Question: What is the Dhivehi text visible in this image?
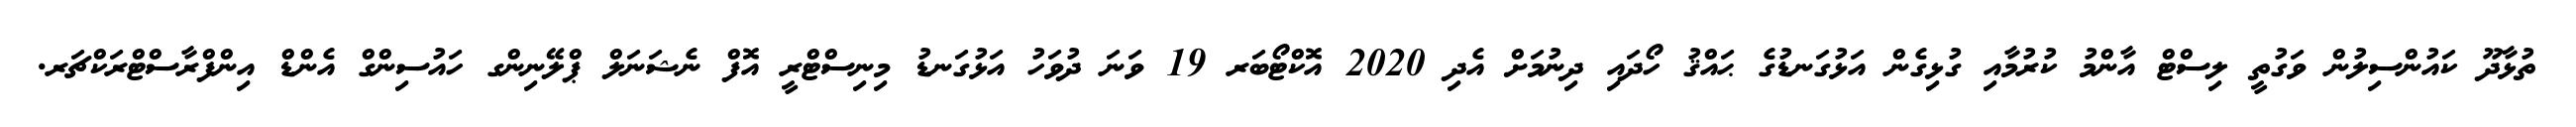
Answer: ތުޅާދޫ ކައުންސިލުން ވަގުތީ ލިސްޓް އާންމު ކުރުމާއި ގުޅިގެން އަޅުގަނޑުގެ ޙައްޤު ހޯދައި ދިނުމަށް އެދި 2020 އޮކްޓޯބަރ 19 ވަނަ ދުވަހު އަޅުގަނޑު މިނިސްޓްރީ އޮފް ނެޝަނަލް ޕްލޭނިންގ ހައުސިންގް އެންޑް އިންފްރާސްޓްރަކްޗަރ.